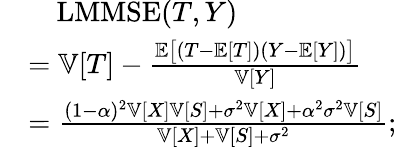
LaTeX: \begin{array}{rl}&{\quad\mathrm{LMMSE}(T,Y)}\\ &{=\mathbb{V}[T]-\frac{\mathbb{E}\bigl[(T-\mathbb{E}[T])(Y-\mathbb{E}[Y])\bigr]}{\mathbb{V}[Y]}}\\ &{=\frac{(1-\alpha)^{2}\mathbb{V}[X]\mathbb{V}[S]+\sigma^{2}\mathbb{V}[X]+\alpha^{2}\sigma^{2}\mathbb{V}[S]}{\mathbb{V}[X]+\mathbb{V}[S]+\sigma^{2}};}\end{array}